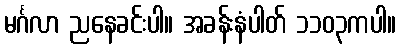
မင်္ဂလာ ညနေခင်းပါ။ အခန်းနံပါတ် ၁၁၀၃ကပါ။